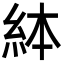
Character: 絊